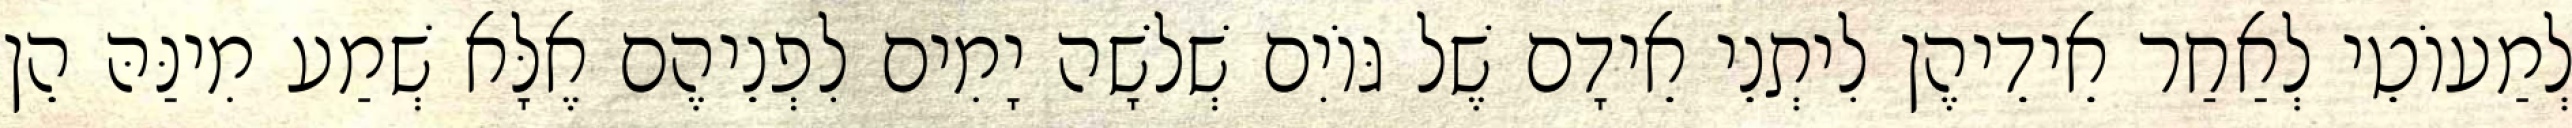
לְמַעוֹטֵי לְאַחַר אֵידֵיהֶן לִיתְנֵי אֵידָם שֶׁל גּוֹיִם שְׁלֹשָׁה יָמִים לִפְנֵיהֶם אֶלָּא שְׁמַע מִינַּהּ הֵן